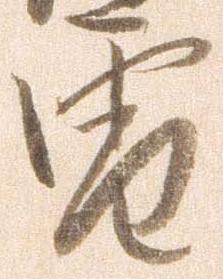
雪